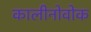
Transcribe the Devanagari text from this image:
कालीनोवोक